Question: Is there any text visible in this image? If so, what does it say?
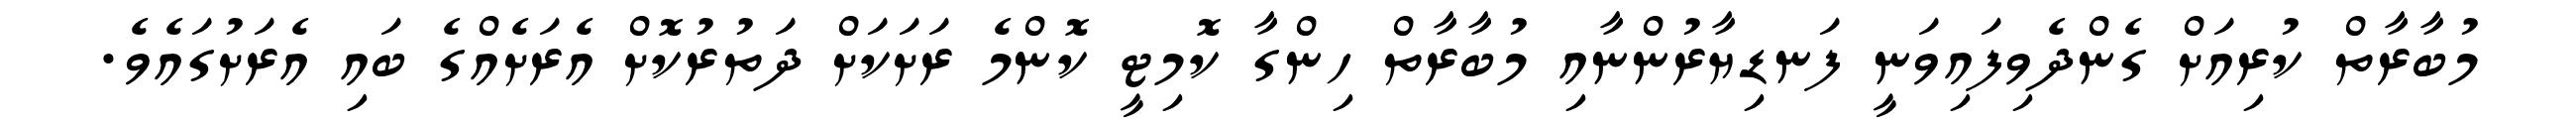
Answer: މުބާރާތް ކުރިއަށް ގެންދެވިފައިވަނީ ފަނޑިޔާރުންނާއި މުބާރާތް ހިންގާ ކޮމިޓީ ކޮންމެ ރަށަކަށް ދަތުރުކޮށް އެރަށެއްގެ ބައި އެރަށުގައެވެ.